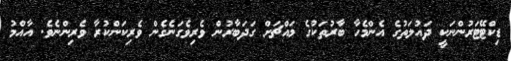
ޑިކްޓޭޓަރުންނަކީ ދައުލަތުގެ އެންމެހާ ބާރުތަކުގެ މައްޗަށް ގަދަބާރުން ވެރިވެގަނެގެން ވެރިކަންކުރާ ވެރިންނެވެ. އާއްމު